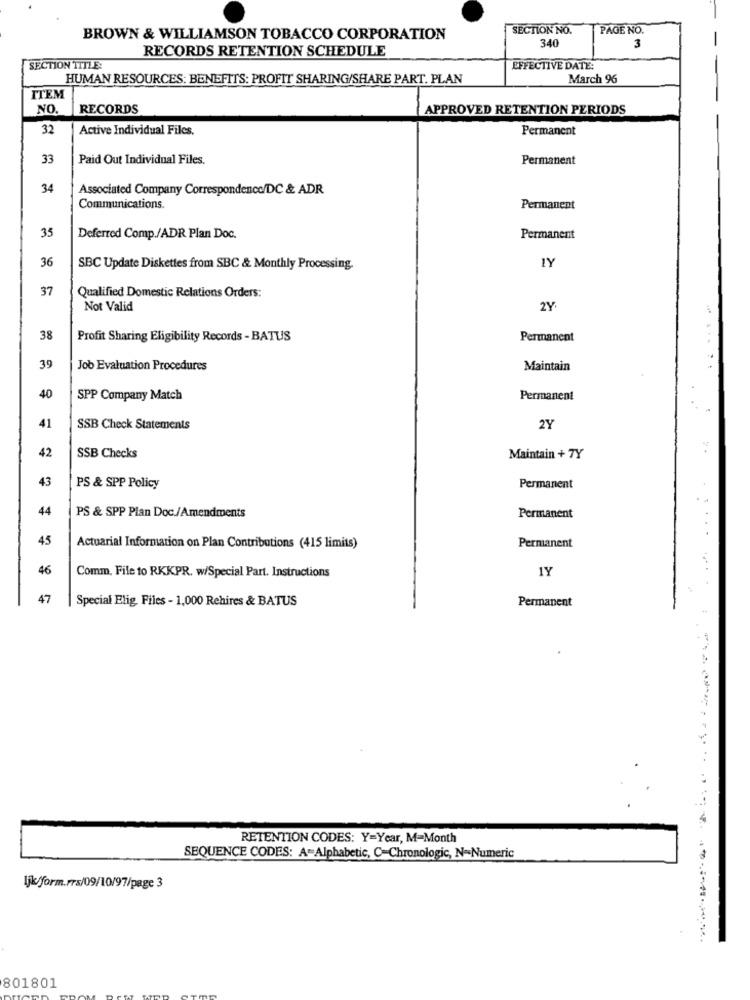
SECTION NO.
PAGE NO.
BROWN & WILLIAMSON TOBACCO CORPORATION
340
3
RECORDS RETENTION SCHEDULE
SECTION TITLE:
EFFECTIVE DATE:
HUMAN RESOURCES: BENEFITS: PROFIT SHARING/SHARE PART. PLAN
March 96
ITEM
NO.
RECORDS
APPROVED RETENTION PERIODS
32
Active Individual Files.
Permanent
33
Paid Out Individual Files.
Permanent
34
Associated Company Correspondence/DC & ADR
Communications.
Permanent
35
Deferred Comp./ADR Plan Doc.
Permanent
36
SBC Update Diskettes from SBC & Monthly Processing.
LY
37
Qualified Domestic Relations Orders:
Not Valid
2Y
-
38
Profit Sharing Eligibility Records - BATUS
Permanent
39
Job Evaluation Procedures
Maintain
40
SPP Company Match
Permanent
41
SSB Check Statements
2Y
42
SSB Checks
Maintain + TY
43
PS & SPP Policy
Permanent
44
PS & SPP Plan Doc./Amendments
Permanent
45
Actuarial Information on Plan Contributions (415 limits)
Permanent
46
IY
Comm. File to RKKPR. w/Special Part. Instructions
47
Special Elig, Files - 1,000 Rehires & BATUS
Permanent
RETENTION CODES: Y=Year, M=Month
SEQUENCE CODES: A=Alphabetic, C-Chronologic, N=Numeric
Ijk/form.rrs/09/10/97/page 3
801801